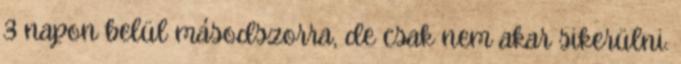
3 napon belül másodszorra, de csak nem akar sikerülni.